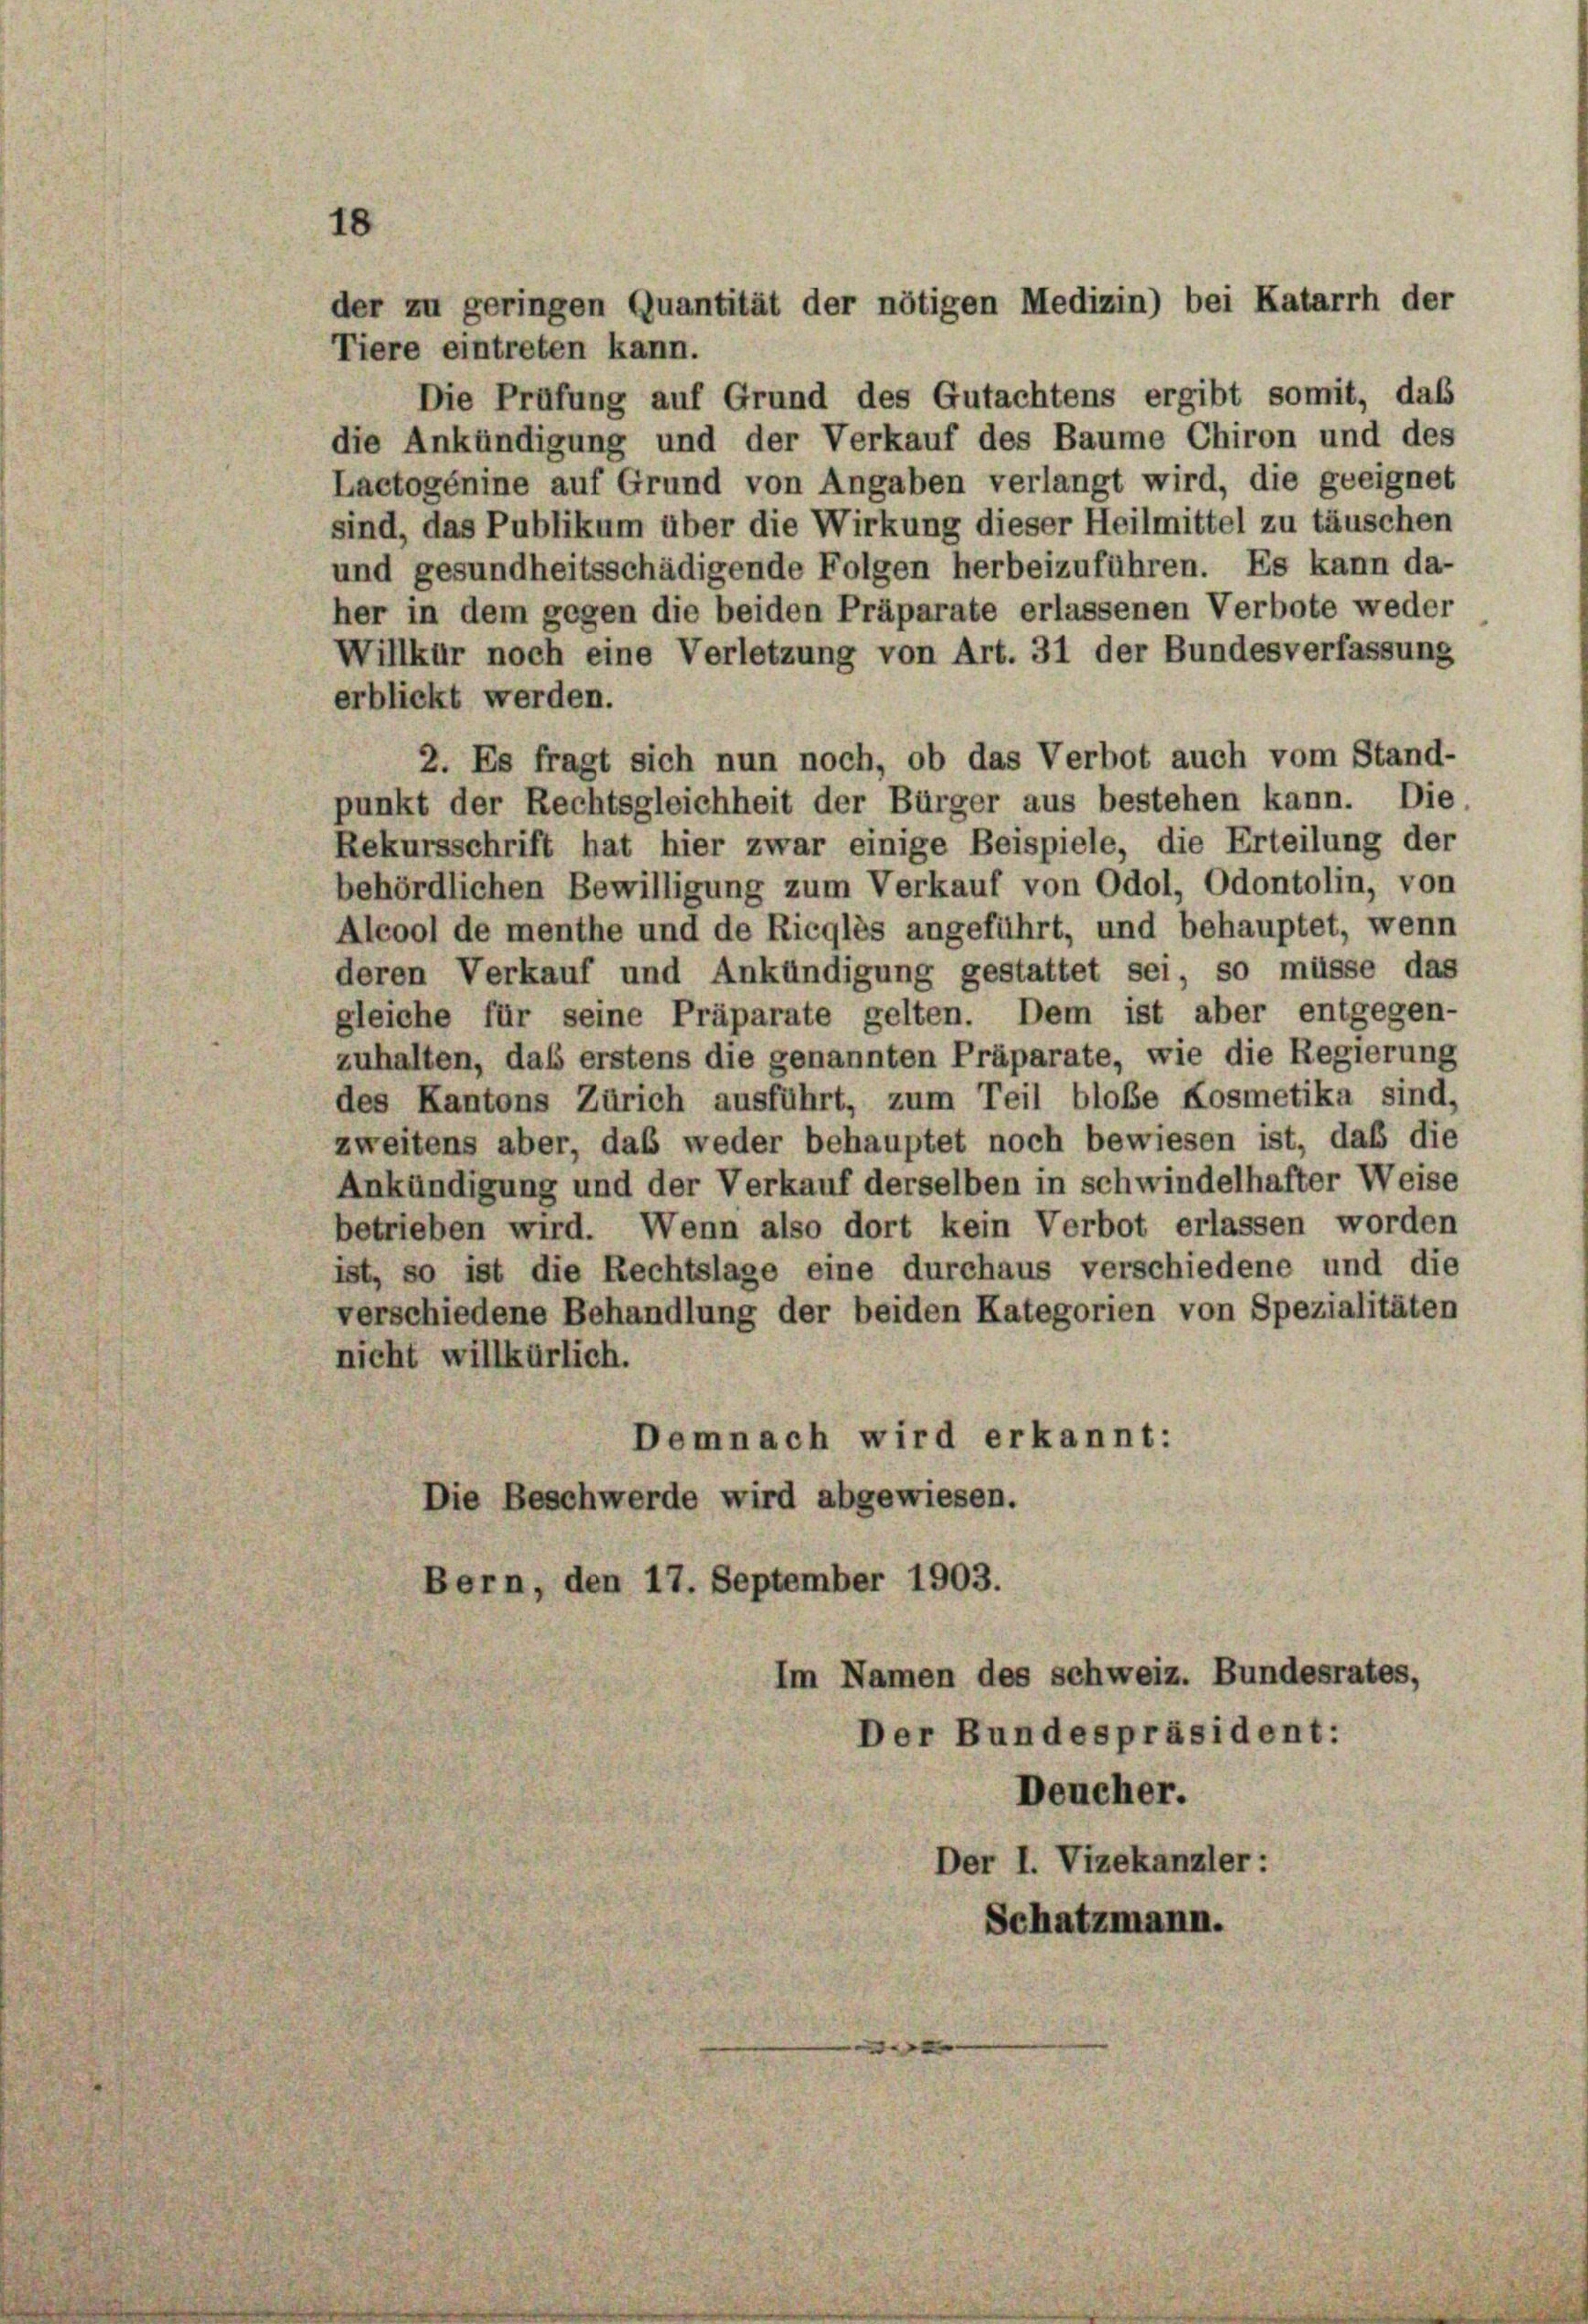
18

der zu geringen Quantität der nötigen Medizin) bei Katarrh der

Tiere eintreten kann.
Die Prüfung auf Grund des Gutachtens ergibt somit, das
die Ankündigung und der Verkauf des Baume Chiron und des
Lactogénine auf Grund von Angaben verlangt wird, die geeignet
sind, das Publikum über die Wirkung dieser Heilmittel zu täuschen
und gesundheitsschädigende Folgen herbeizuführen. Es kann da-
her in dem gegen die beiden Präparate erlassenen Verbote weder
Willkür noch eine Verletzung von Art. 31 der Bundesverfassung
erblickt werden.
2. Es fragt sich nun noch, ob das Verbot auch vom Stand-
punkt der Rechtsgleichheit der Bürger aus bestehen kann. Die
Rekursschrift hat hier zwar einige Beispiele, die Erteilung der
behördlichen Bewilligung zum Verkauf von Odol, Odontolin, von
Alcool de menthe und de Ricglés angeführt, und behauptet, wenn
deren Verkauf und Ankündigung gestattet sei, so müsse das
gleiche für seine Präparate gelten. Dem ist aber entgegen-
zuhalten, daß erstens die genannten Präparate, wie die Regierung
des Kantons Zürich ausführt, zum Teil bloße Kosmetika sind,
zweitens aber, daß weder behauptet noch bewiesen ist, daß die
Ankündigung und der Verkauf derselben in schwindelhafter Weise
betrieben wird. Wenn also dort kein Verbot erlassen worden
ist, so ist die Rechtslage eine durchaus verschiedene und die
verschiedene Behandlung der beiden Kategorien von Spezialitäten
nicht willkürlich.
Demnach wird erkannt:
Die Beschwerde wird abgewiesen.
Bern, den 17. September 1903.
Im Namen des schweiz. Bundesrates,
Der Bundespräsident:
Deucher.
Der I. Vizekanzler :
Schatzmann.